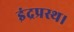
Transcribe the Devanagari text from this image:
इंद्रप्रस्थ।